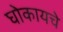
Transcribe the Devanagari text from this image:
घोकायचे